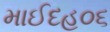
માઈદહ૦૬